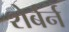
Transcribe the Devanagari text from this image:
शेर्बर्न